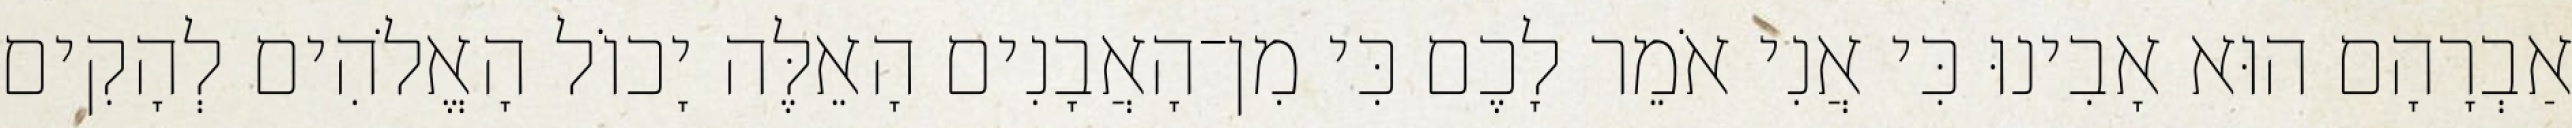
אַבְרָהָם הוּא אָבִינוּ כִּי אֲנִי אֹמֵר לָכֶם כִּי מִן־הָאֲבָנִים הָאֵלֶּה יָכוֹל הָאֱלֹהִים לְהָקִים